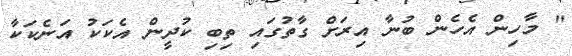
" މާހިން އެހެން ބުނާ އިރަށް ގާތުގައި ތިބި ކުދީން އެކަކު އަނެކަކާ